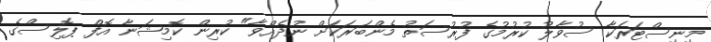
މިނިސްޓަރަކާ ސުވާލު ކުރުމުގެ ފުރުސަތު މެންބަރަކަށް ނުދެއްވާ" ކުރިން ކޮމިޝަނާ އޮފް ޕޮލިސްގެ